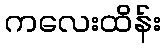
ကလေးထိန်း